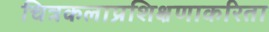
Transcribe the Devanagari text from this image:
चित्रकलाप्रशिक्षणाकरिता